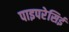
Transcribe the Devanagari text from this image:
पाइपरेसिई